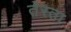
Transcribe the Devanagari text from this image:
तेस्ता